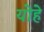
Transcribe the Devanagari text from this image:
योहे